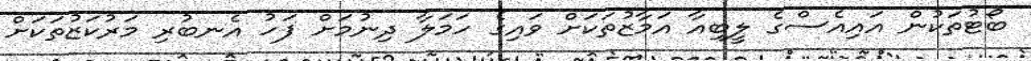
ބޯޓުތަކުން އައިއެސްގެ ލީބިއާ އަމާޒުތަކަށް ވައިގެ ހަމަލާ ދިނުމަށް ފަހު އެނބުރި މަރުކަޒުތަކަށް